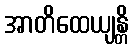
အာတိထေယျန္တိ